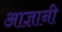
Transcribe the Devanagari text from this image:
आज्ञानी